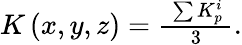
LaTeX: \begin{array}{r}{K\left(x,y,z\right)=\frac{~\sum K_{p}^{i}~}{~3~}.}\end{array}